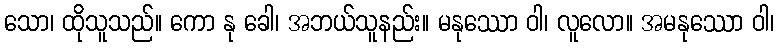
သော၊ ထိုသူသည်။ ကော နု ခေါ၊ အဘယ်သူနည်း။ မနုဿော ဝါ၊ လူလော။ အမနုဿော ဝါ၊